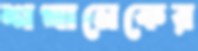
শখানেকের